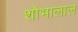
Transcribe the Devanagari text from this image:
शोभालाल